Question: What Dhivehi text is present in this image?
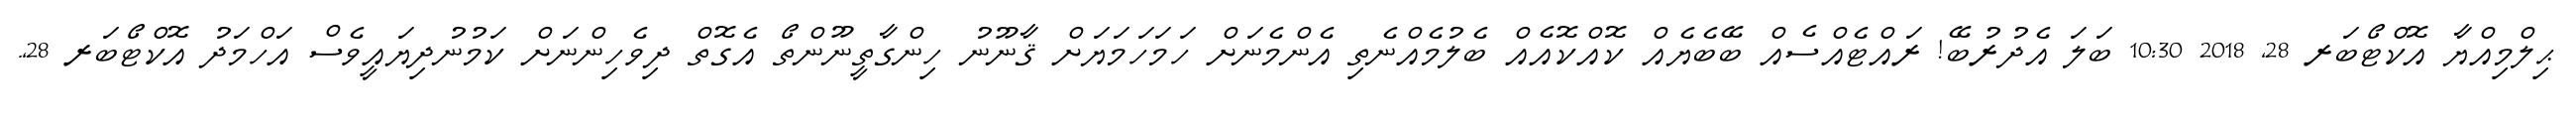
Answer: ޙިލްމިއްޔާ އޮކްޓޯބަރ 28, 2018 10:30 ބަލަ އެދުރުބޭ! ރައްޓެއްސެއް ބޭބެޔެއް ކޮއްކޮއެއް ބެލުމެއްނެތި އެންމެނަށް ހަމަހަމަޔަށް ޤާނޫނު ހިންގާތީނޫންތޯ އެގޮތް ދިވެހިންނަށް ކަމުނުދިޔައީވެސް އަހްމަދު އޮކްޓޯބަރ 28,.